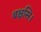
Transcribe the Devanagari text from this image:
बक्षसि।